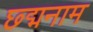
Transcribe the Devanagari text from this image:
छ्द्मनाम